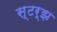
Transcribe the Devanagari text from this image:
स्टर्झ